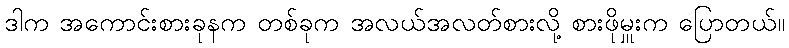
ဒါက အကောင်းစားခုနက တစ်ခုက အလယ်အလတ်စားလို့ စားဖိုမှူးက ပြောတယ်။